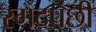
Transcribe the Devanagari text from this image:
रगदपंछी